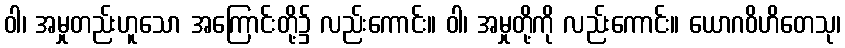
ဝါ၊ အမှုတည်းဟူသော အကြောင်းတို့၌ လည်းကောင်း။ ဝါ၊ အမှုတို့ကို လည်းကောင်း။ ယောဂဝိဟိတေသု၊